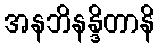
အနဘိနန္ဒိတာနိ